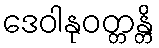
ဒေဝါနုဝတ္တန္တိ